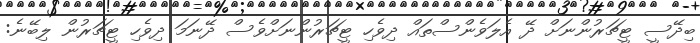
ބިދޭސީ ޓީޗަރުންނަށް ދޭ އެލަވެންސްތައް ދިވެހި ޓީޗަރުންނަށްވެސް ދޭނަމަ ދިވެހި ޓީޗަރުން ލިބޭނެ: